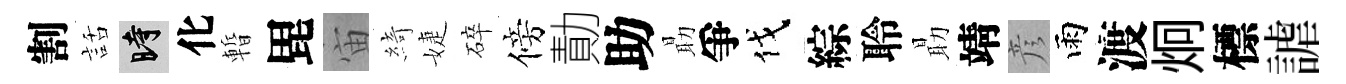
割話时化暫毘宙綺婕碎傍勣助朂爭伐綜聆朂靖彦雨渡炯標謔